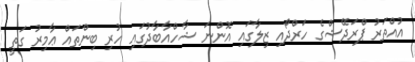
އުއްތަރު ޕްރަދޭޝްގެ ހަރްދޯއި ޒިލާގައި އޮންނަ ޝާހްއާބާދުގައި ހުރި ބިންތައް ޢާމިރު ގަތީ